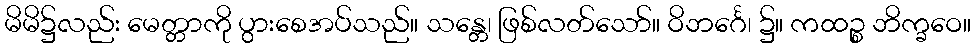
မိမိ၌လည်း မေတ္တာကို ပွားစေအပ်သည်။ သန္တေ၊ ဖြစ်လတ်သော်။ ဝိဘင်္ဂေ၊ ၌။ ကထဉ္စ ဘိက္ခဝေ။